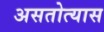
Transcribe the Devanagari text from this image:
असतोत्यास